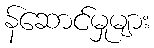
န်ဆောင်မှုများ